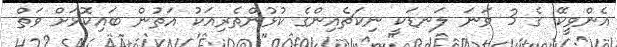
އެންވީކޭ ގެ 3 ވަނަ ލަނޑަކީ ނިކަޗެއިންގެ ކުޅުންތެރިއަކު އަތުން ބައިކޮޅަށް ވަތް